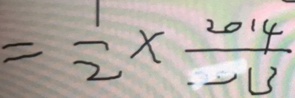
= \frac { 1 } { 2 } \times \frac { 2 0 1 4 } { - 1 3 }